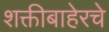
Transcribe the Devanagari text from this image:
शक्तीबाहेरचे